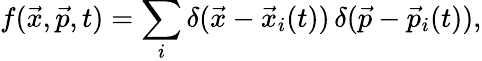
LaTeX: f(\vec{x},\vec{p},t)=\sum_{i}\delta(\vec{x}-{\vec{x}}_{i}(t))\, \delta(\vec{p}-{\vec{p}}_{i}(t)),